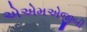
એએમએજીબી